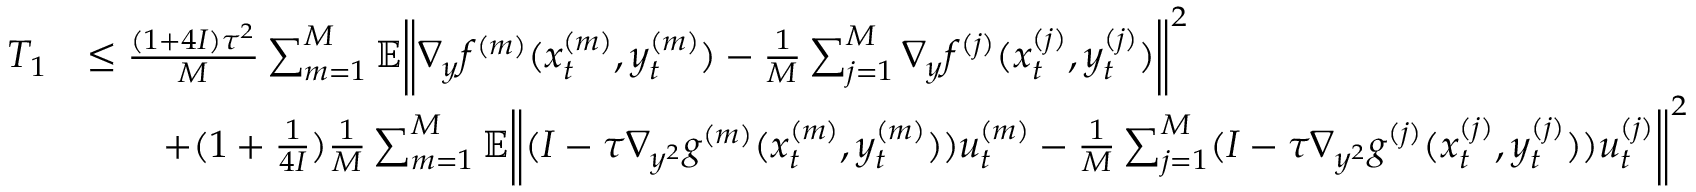
\begin{array} { r l } { T _ { 1 } } & { \leq \frac { ( 1 + 4 I ) \tau ^ { 2 } } { M } \sum _ { m = 1 } ^ { M } \mathbb { E } \bigg \| \nabla _ { y } f ^ { ( m ) } ( x _ { t } ^ { ( m ) } , y _ { t } ^ { ( m ) } ) - \frac { 1 } { M } \sum _ { j = 1 } ^ { M } \nabla _ { y } f ^ { ( j ) } ( x _ { t } ^ { ( j ) } , y _ { t } ^ { ( j ) } ) \bigg \| ^ { 2 } } \\ & { \qquad + ( 1 + \frac { 1 } { 4 I } ) \frac { 1 } { M } \sum _ { m = 1 } ^ { M } \mathbb { E } \bigg \| ( I - \tau \nabla _ { y ^ { 2 } } g ^ { ( m ) } ( x _ { t } ^ { ( m ) } , y _ { t } ^ { ( m ) } ) ) u _ { t } ^ { ( m ) } - \frac { 1 } { M } \sum _ { j = 1 } ^ { M } ( I - \tau \nabla _ { y ^ { 2 } } g ^ { ( j ) } ( x _ { t } ^ { ( j ) } , y _ { t } ^ { ( j ) } ) ) u _ { t } ^ { ( j ) } \bigg \| ^ { 2 } } \end{array}